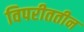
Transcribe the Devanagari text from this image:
विपरीततीन